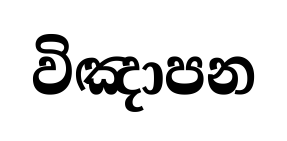
විඤාපන